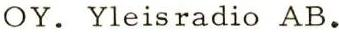
OY. Yleisradio AB.